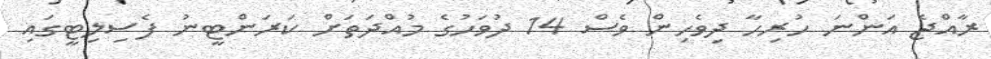
ރާއްޖެ އަންނަ ހުރިހާ ދިވެހިން ވެސް 14 ދުވަހުގެ މުއްދަތަށް ކަރަންޓީނު ފެސިލިޓީގައި